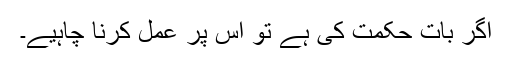
اگر بات حکمت کی ہے تو اس پر عمل کرنا چاہیے۔